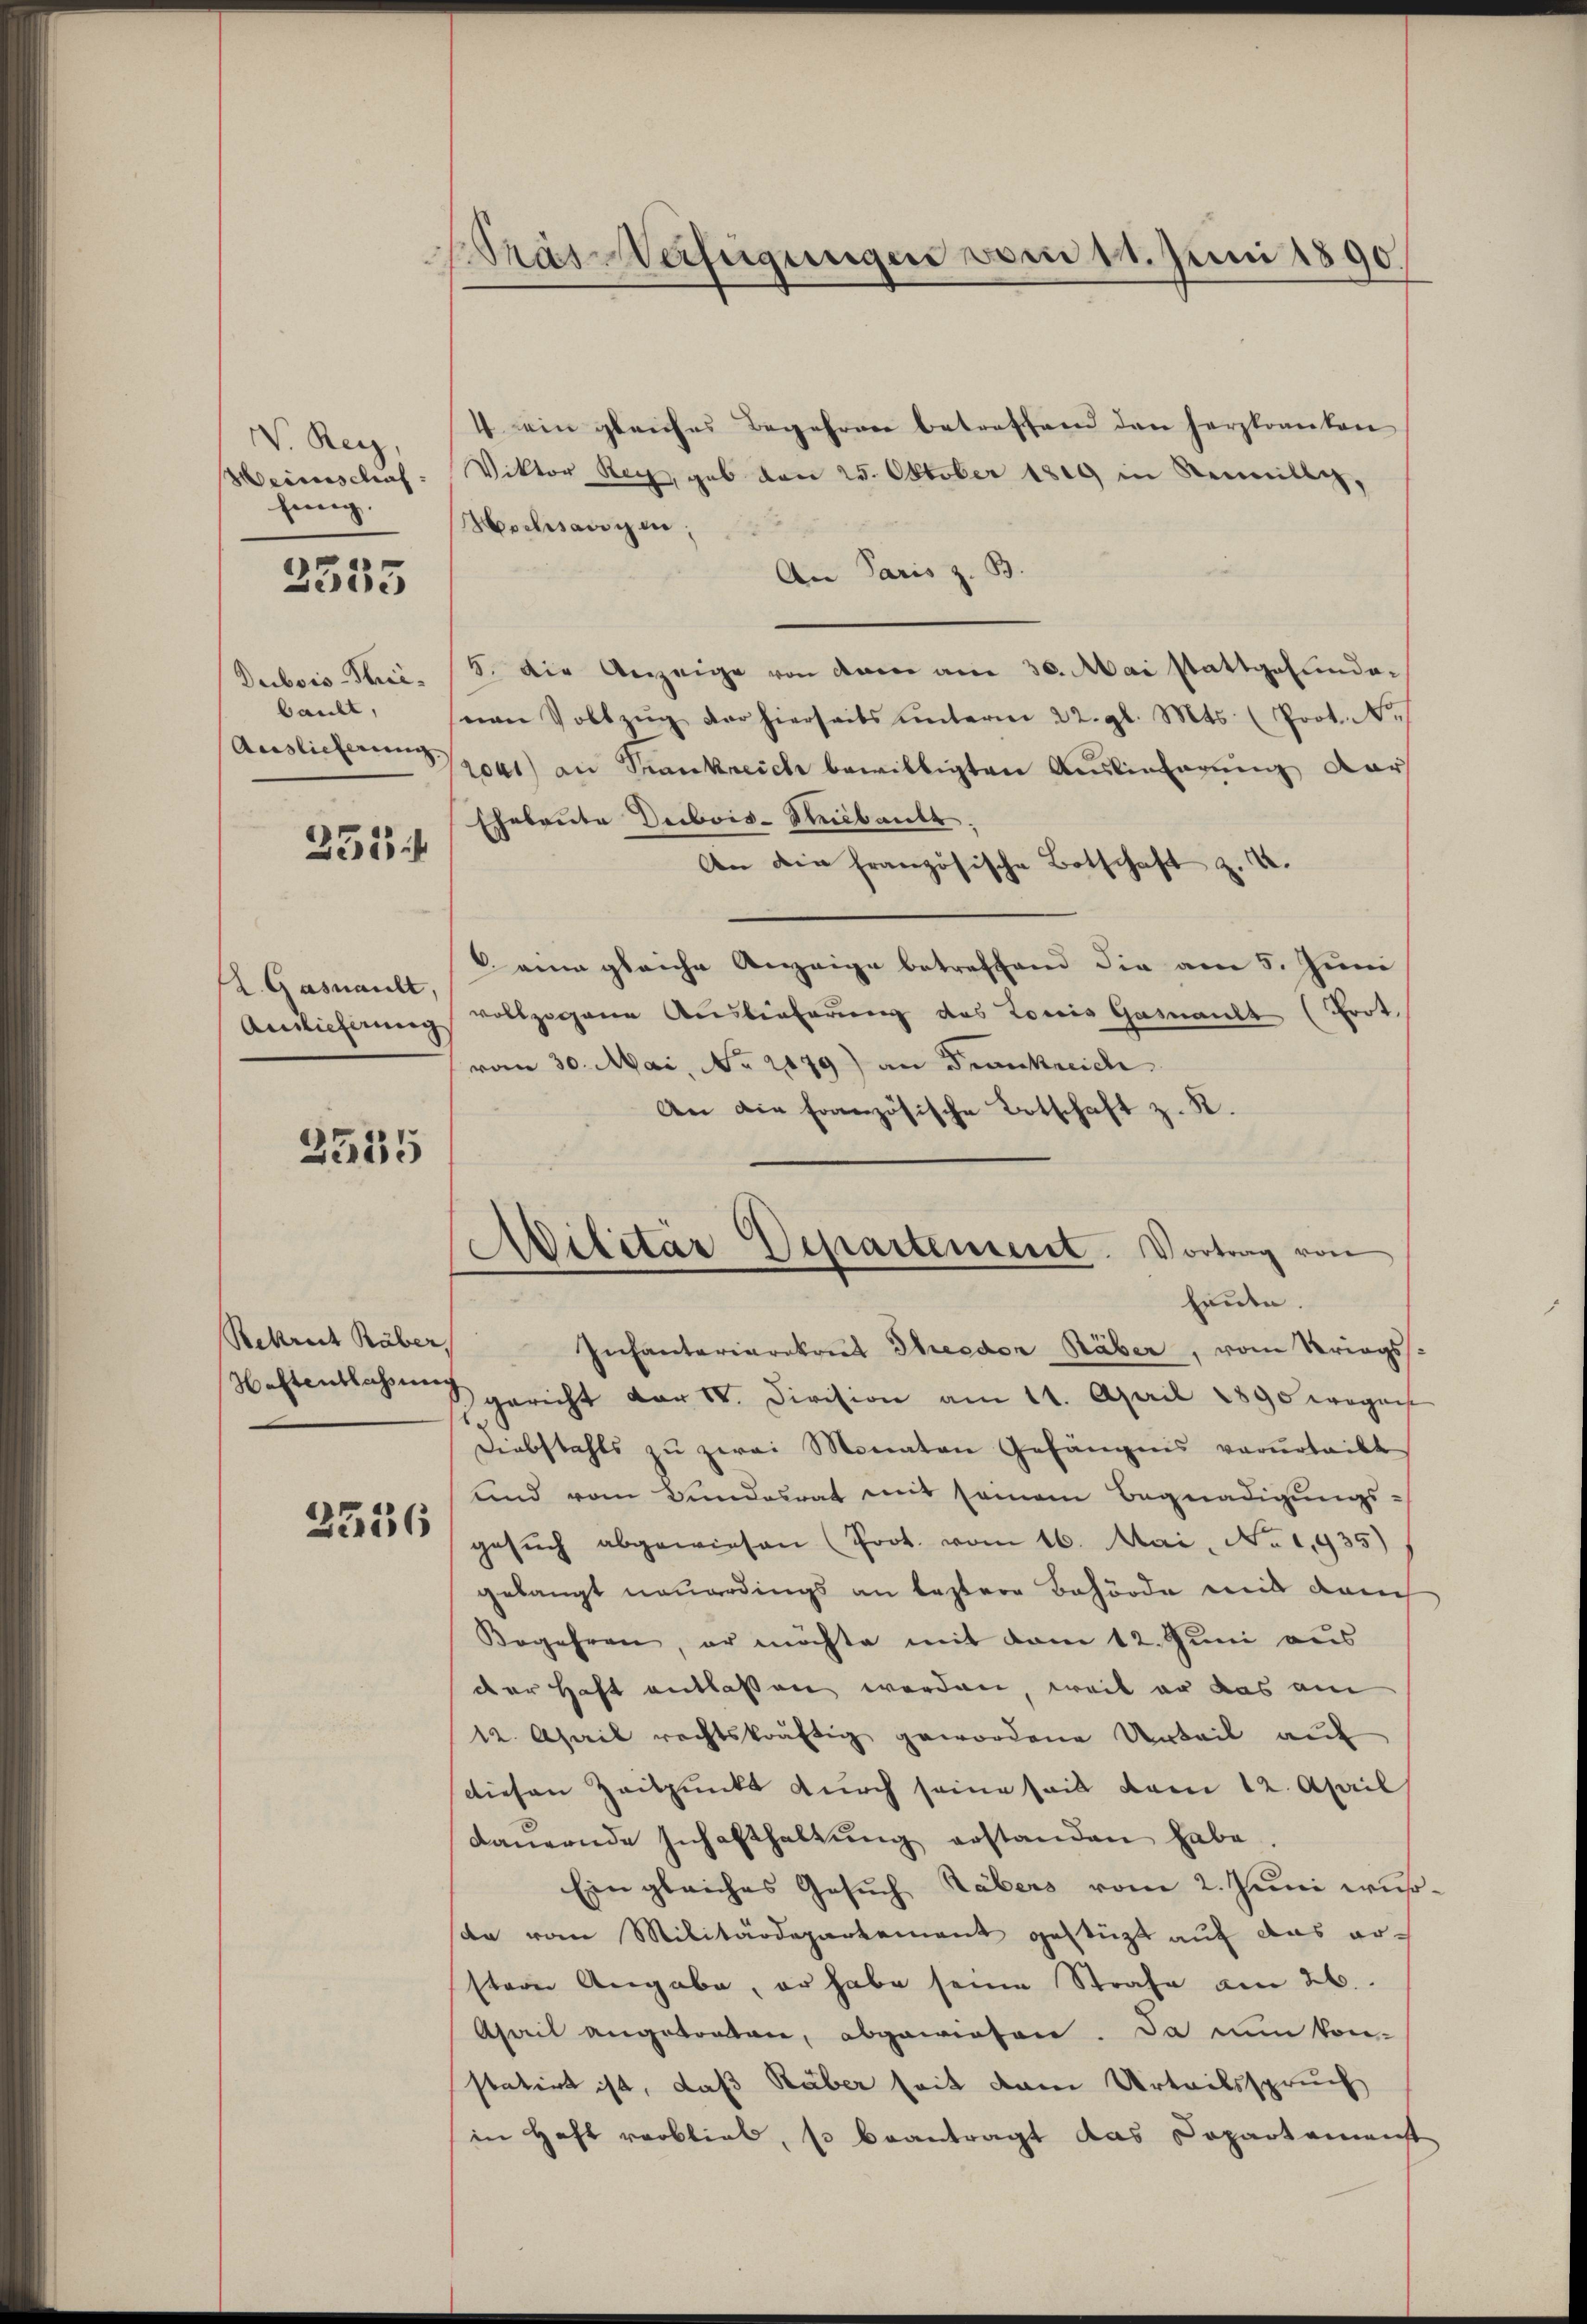
W. Rey,
Weinschaf
fing.

2335

Dubois Thei¬
Cault,

231 f

Z. Gasnault,
Auslicherung

2535

Rekrut Räber,

2536

ras-Verfügungen vom 11. Juni 1890.

4 ein gleiches Begehren betreffend den herzkranten
Viktor Rech, gab von 25. Oktober 1819 in Reinillig,
2
Hschsangen;
An Paris z. B.
5. Die Anzeige von dann am 30. Mai stattgefundenen Vollzŭg der hierseits ŭnterm 22. gl. Mts. (Prot. N.
Auslicher par an Strankreich bewilligten Auslieferung dar
Ehebaute Dubois-Ribaute.
An die französische Botschaft z. B.
6. eine gleiche Anzeige betreffend die am 5. Juni
vollzogene Auslieferung des Louis Gasnanlt (Prot.
vom 30. Mai, No 2179) an Frankreich
An die französische Botschaft z. R.
b
Ailitar Departement. Vortrag von

heute.

Infanteriaratoris Theeder Räber, vom Kriegs¬
.stentschen gericht der V. Division am 11. April 1890 wegen
Diebstahls zŭ zwei Monaten Gefängnis verurteilt
und vom Bundesrat mit seinem Begnadigungs-
gesŭch abgewiesen (Prot. vom 16. Mai, No 1,935)
gelangt neuerdings an bestere Behörde mit dam
Begehren, er möchte mit dem 12. Juni aus
der Haft entlassen werden, weil er das am
12. April rechtskräftig gewordene Urteil auf
diesen Zeitpunkt durch seine seit vom 12. April
daŭernde Inhalthaltŭng erstanden habe.
Ein gleiches Gesuch Häbers vom 2. Juni wußdn vom Militärdepartement gestützt auf das erster Angabe, er habe seine Strafe am 26.
hweil angetraten, abgewiesen. Da nun konstatirt ist, daß Räber seit dem Urteilsspruch
in Haft verblieb, so beantragt das Dopartemenst